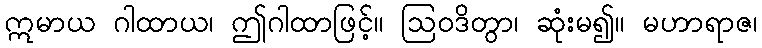
ဣမာယ ဂါထာယ၊ ဤဂါထာဖြင့်။ ဩဝဒိတွာ၊ ဆုံးမ၍။ မဟာရာဇ၊